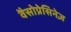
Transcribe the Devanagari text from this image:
वैसोप्रेसिनेज़